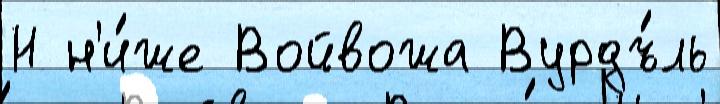
Н н'и́же Войвожа Вурдъ́ль